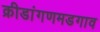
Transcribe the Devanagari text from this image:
क्रीडांगणमडगाव